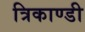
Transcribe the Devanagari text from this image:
त्रिकाण्डी